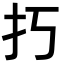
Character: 𢩨